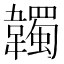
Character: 韣